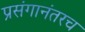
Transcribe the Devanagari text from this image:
प्रसंगानंतरच